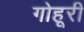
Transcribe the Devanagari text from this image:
गोहूरी